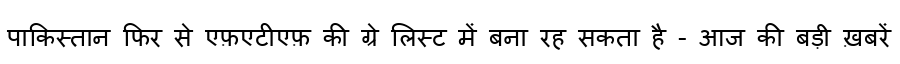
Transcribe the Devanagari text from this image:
पाकिस्तान फिर से एफ़एटीएफ़ की ग्रे लिस्ट में बना रह सकता है - आज की बड़ी ख़बरें